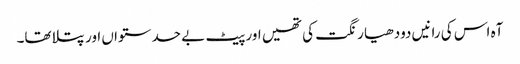
آہ اس کی رانیں دودھیا رنگت کی تھیں اور پیٹ بے حد ستواں اور پتلا تھا۔